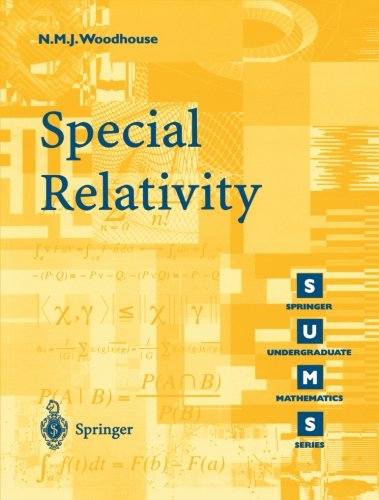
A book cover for Special Relativity (Springer Undergraduate Mathematics Series); N.M.J. Woodhouse; Science & Math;